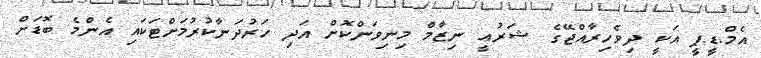
އެމް.ޑީ.ޕީ އަކީ ދިވެހިރާއްޖޭގެ ޝަރުޢީ ނިޒާމް މިނިވަންކޮށް އަދި ހަރުދަނާކުރުމަށްޓަކައި އެންމެ ބޮޑަށް